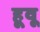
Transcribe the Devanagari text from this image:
हूवू